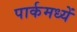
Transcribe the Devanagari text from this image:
पार्कमध्यें